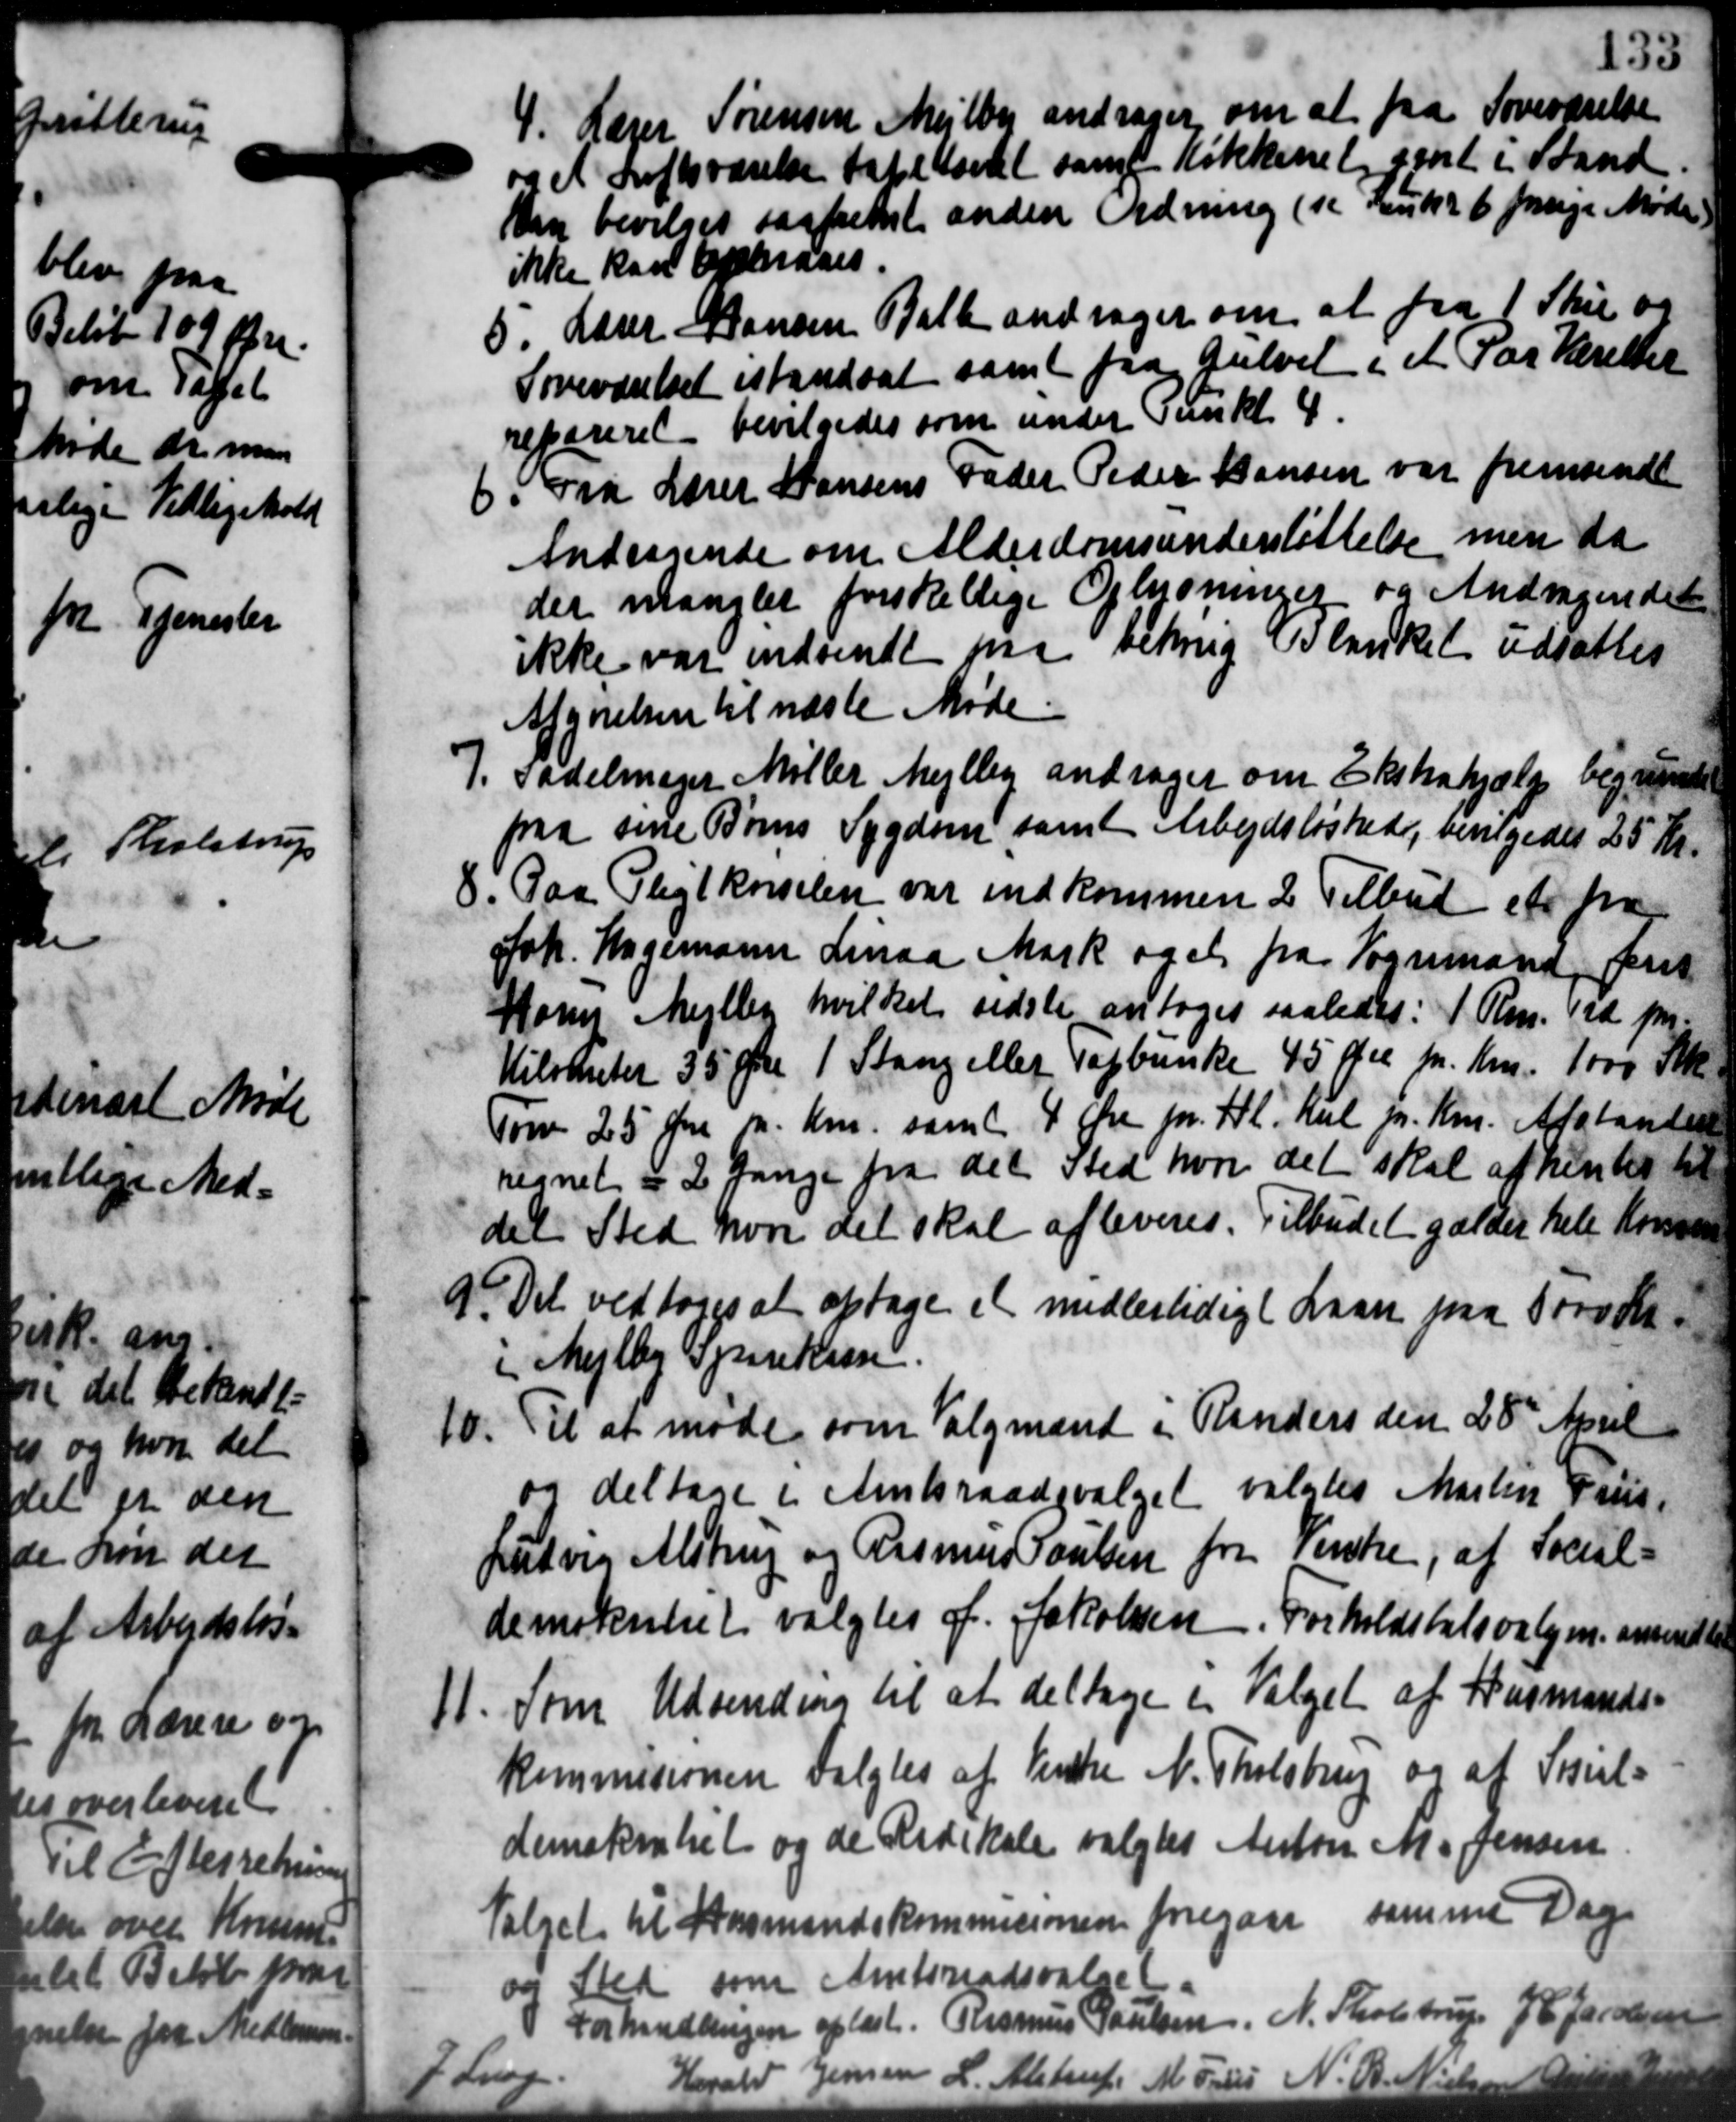
Transskription:
4. Lærer Sørensen Mejlby andrager om at fra Soveværelse
4. Lærer Sørensen Mejlby andrager om at fra Soveværelse
og et Loftsværelse taletandet samt Køkkenet gent i Stand
Dan bevilget saafremt anden Ordning (se Punkt 6 funge Møde
ikke kan opnaaes.
5. Lærer Hansen Balle andrager om at fra 1 Skie og
5. Lærer Hansen Balle andrager om at fra 1 Skie og
Soveværelset istandsat samt paa Gulvet i et Parkeretter
repareret bevilgedes som under Punkt 4.
5. Fra Lærer Hansens Fader Peder Hansen var fremsendt
5. Fra Lærer Hansens Fader Peder Hansen var fremsendt
Andragende om Alderdomsunderstøttelse men da
der manglet forskellige Oplysninger og Andragendet
ikke var indsendt paa bekrig islanket udsættes
Afgørelsen til næste Møde.
7.
Sadelmager Møller Mejlby andrager om Ekstrahjælp begærede
paa sine Børns Sygdom samt Arbejdsløshed, bevilgedes 25 Kr.
8. Paa Pligtkørselen var indkommen 2 Tilbud et fra
8. Paa Pligtkørselen var indkommen 2 Tilbud et fra
Joh. Hagemann Linaa Mark og et fra Vognmand, pris
Koms Mejlby hvilket sidste antoges saaledes: 1 Rm. Ved pr.
Kilskuter 35 Øre 1 Stang eller Topbunke 45 Øre pr. Km. 1000 Stk.
Torv 25 Øre m. Km. samt 4 Øre pr. Kl. Kul pr. Km. Afstandere
regnet i 2 Gange fra det sted hvor det skal af hentes til
det Sted hvor det skal afleveres. Tilbudet gælder hele Kommune
9. Det vedtoges at optage et midlertidig ( Laan paa 1000 Kr
9. Det vedtoges at optage et midlertidig ( Laan paa 1000 Kr
i Mejlby Sparekasse.
10. Til at møde som Valgmænd i Randers den 28de April
10. Til at møde som Valgmænd i Randers den 28de April
og deltage i Amtsraadsvalget valgtes Martin Paus
Ludvig Alstrup og Rasmus Poulsen fra Vente, af Socul=
demoknent valgtes J. Jakobsen. Forholdstalsvalgen anmeldtes
11. Som Udvending til at deltage en Valget af Husmands-
11. Som Udvending til at deltage en Valget af Husmands-
kommisionen valgtes af Vinde N. Tholsbrug og af Soul=
demokratiet og de Redskole valgtes Anton M. Jensen.
Valget til Husmandskommisionen foregaar samme Dag
og Sted som Amtsraadsvalge
Forhandlingen oplæst. Rasmus Poulsen N. Tholstrup J. Jacobsen
l
Harald Jensen L. Alstrup M. Fries N. B. Niels